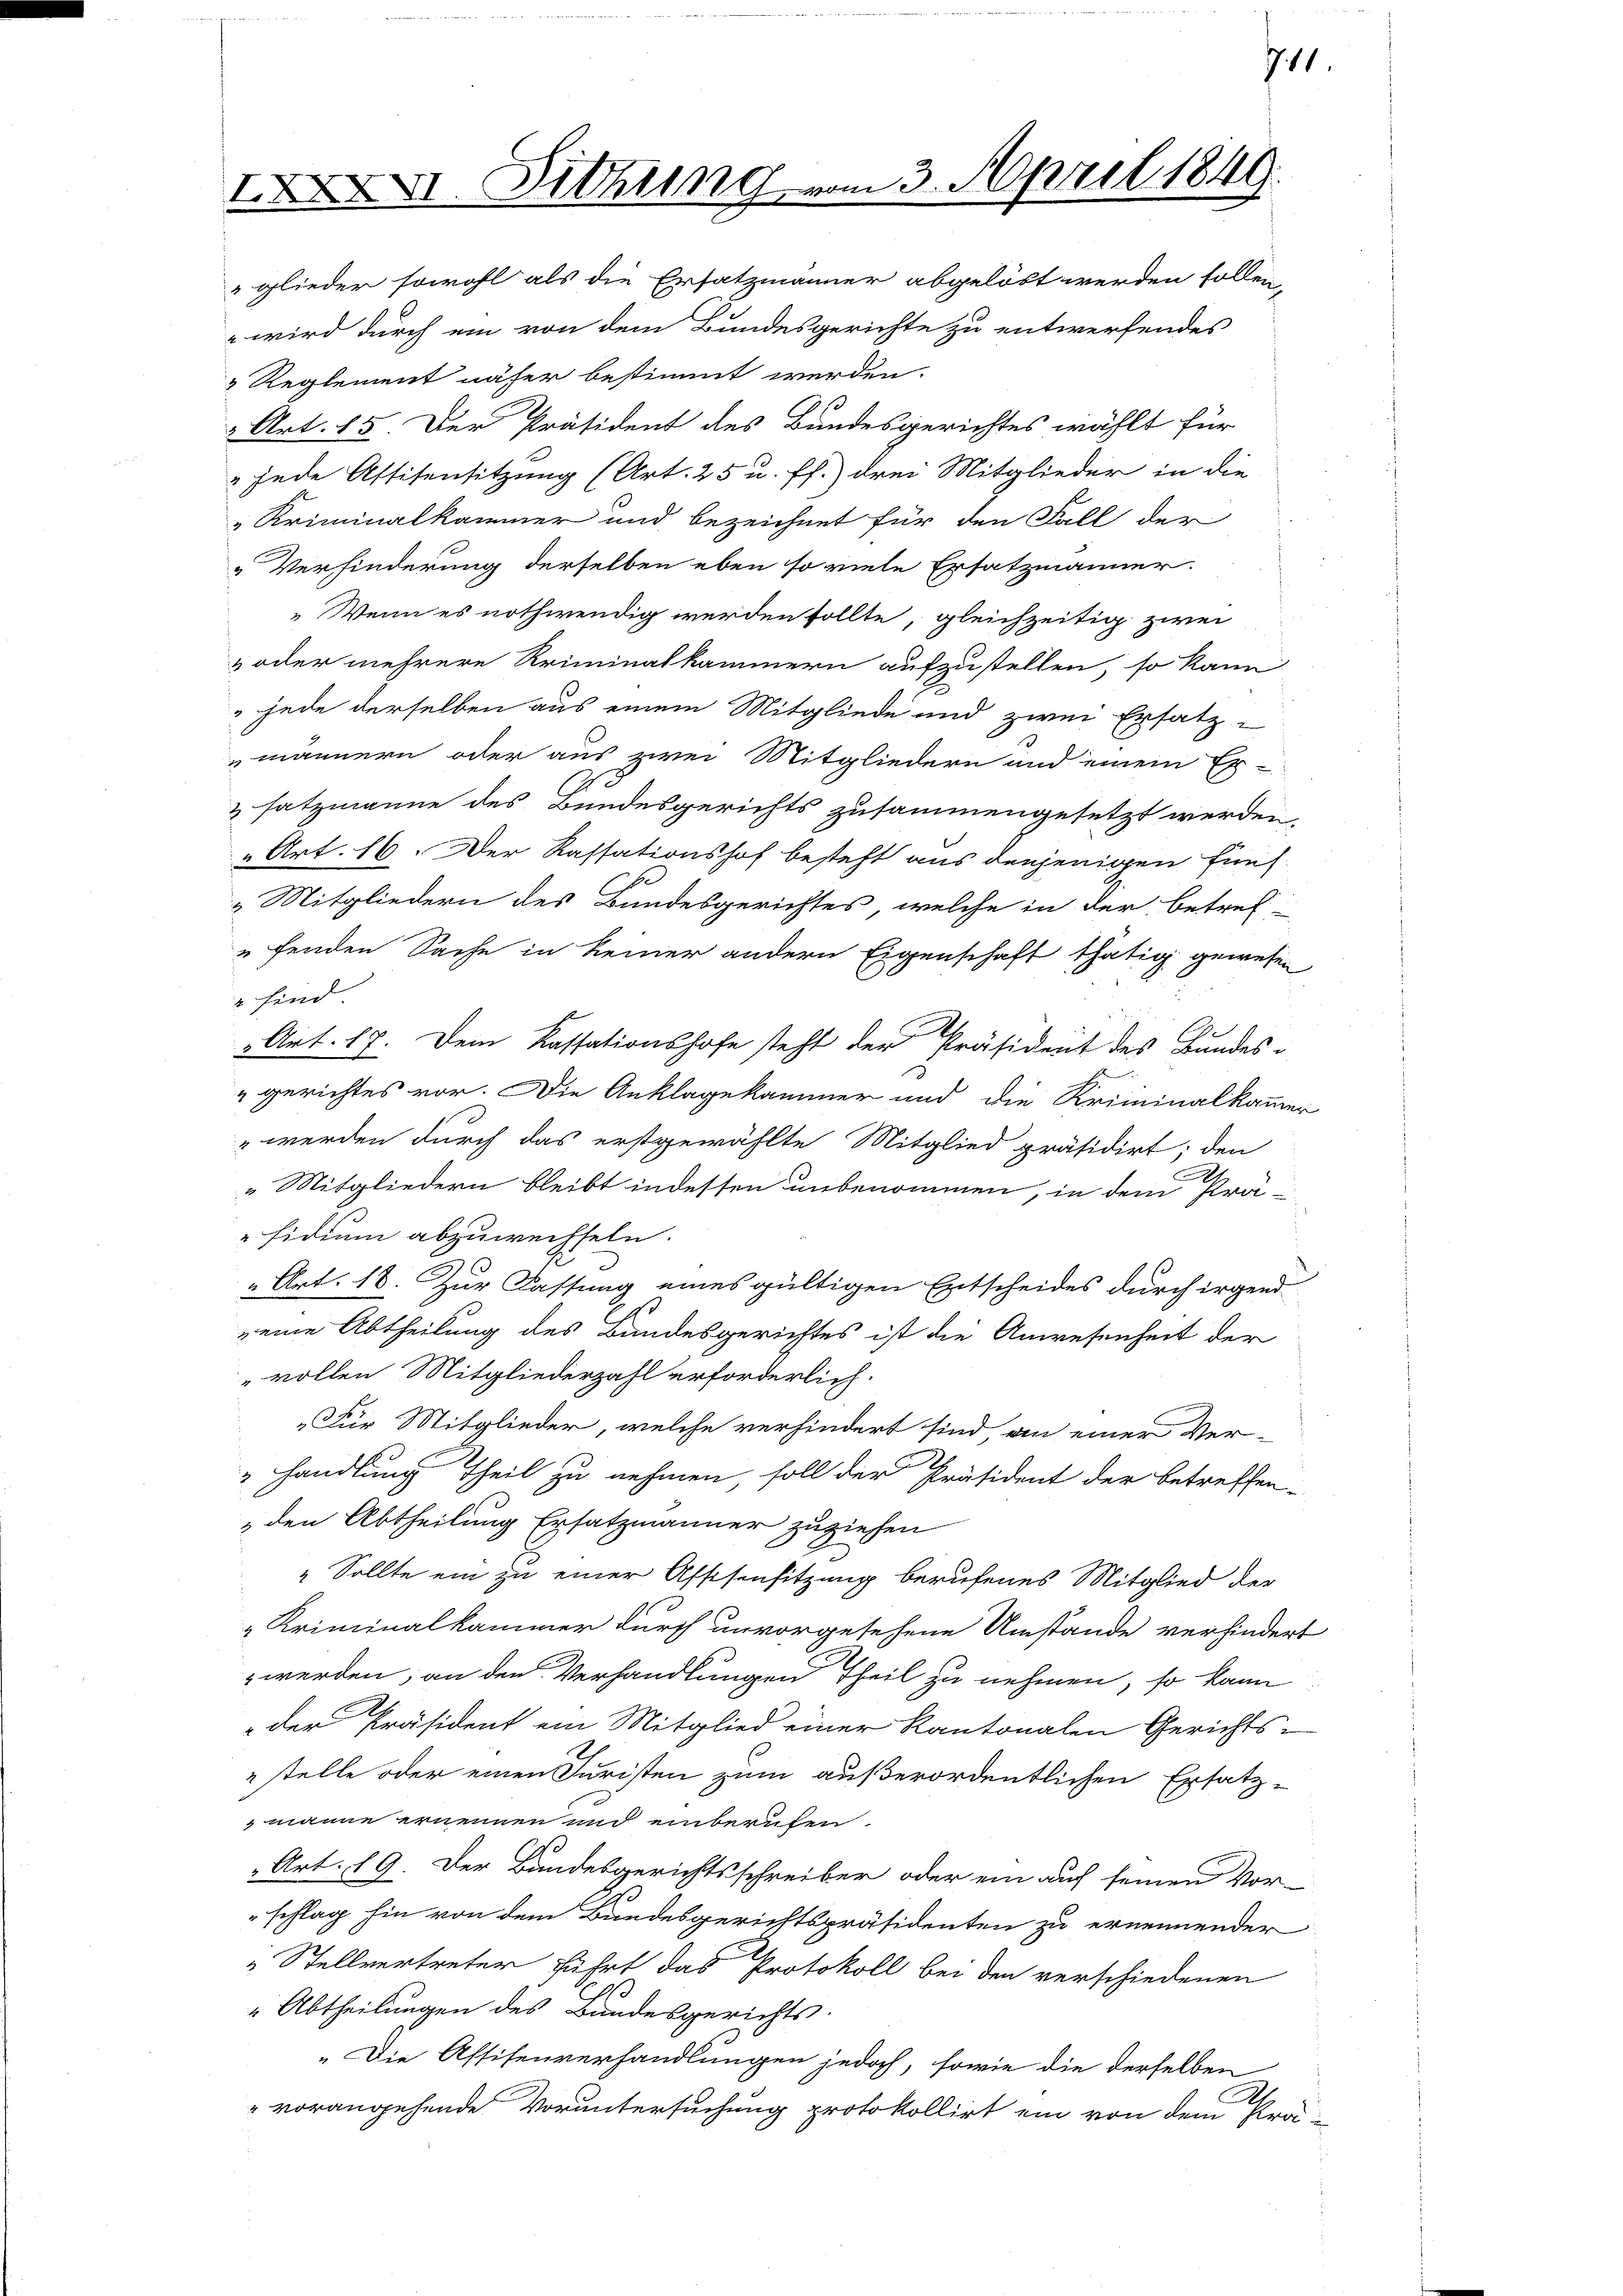
XII. Ziehung vom 3. April 1849.

711.

glieder sowohl als die Ersatzmänner abgelöst werden sollen,
 wird durch ein von dem Bundesgerichte zu entwerfendes
Reglement näher bestimmt werden.
 Art. 15. Der Präsident des Bundesgerichtes wählt für
" jede Assisensitzung (Art. 25 u. ff.) drei Mitglieder in die
Kriminalkammer und bezeichnet für den Fall der
Verhinderung derselben eben so viele Ersatzmänner.
„Wenn es nothwendig werden sollte, gleichzeitig zwei
 oder mehrere Kriminalkammern aufzustellen, so kann
"jede derselben aus einem Mitgliede und zwei Ersatz-
männern oder aus zwei Mitgliedern und einem Ex-
2
&satzmanne des Bundesgerichts zusammengesetzt werden,
" Art. 16. Der Kassationshof besteht aus denjenigen fünf-
E
„ Mitgliedern des Bundesgerichtes, welche in der betref-
fenden Sache in keiner andern Eigenschaft thätig gewesen
" sind
Art. 17. Dem Kassationshofe steht der Präsident des Bundes-
b
gerichtes vor. Die Anklagekammer und die Kriminalkammer
" werden durch das erstgewählte Mitglied präsidirt; den
.
" Mitgliedern bleibt indessen unbenommen, in dem Prä-
"sidium abzuwechseln.
„Art. 18. Zur Fassung eines gültigen Entscheides durch irgend
eine Abtheilung des Bundesgerichtes ist die Anwesenheit der
"vollen Mitgliederzahl erforderlich.
„Für Mitglieder, welche verhindert sind, an einer Ver-
handlung Theil zu nehmen, soll der Präsident der betreffen¬
„den Abtheilung Ersatzmänner zuziehen
„ Sollte ein zu einer Affisensitzung berufenes Mitglied der
& Kriminalkammer durch unvorgesehene Umstände verhindert
werden, an den Verhandlungen Theil zu nehmen, so kann
der Präsident ein Mitglied einer Kantonalen Gerichts-
stelle oder einen Juristen zum außerordentlichen Ersatz-
manne ernennen und einberufen.
Art. 19. Der Bandesgerichtsschreiber oder ein auf seinen Vor-
schlag hin von dem Bundesgerichtspräsidenten zu ernennender
Stellvertreter führt das Protokoll bei den verschiedenen
"Abtheilungen des Bundesgerichts.
„Die Affisenverhandlungen jedoch, sowie die derselben
2
" vorangehende Voruntersuchung protokollirt ein von dem Prä¬